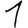
Digit: 1